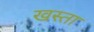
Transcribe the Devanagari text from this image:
खस्‍ता